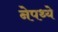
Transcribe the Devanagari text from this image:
नेपथ्ये